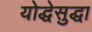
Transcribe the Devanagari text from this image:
योद्धेसुद्धा